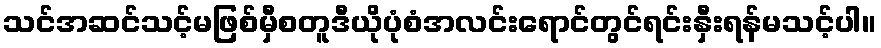
သင်အဆင်သင့်မဖြစ်မှီစတူဒီယိုပုံစံအလင်းရောင်တွင်ရင်းနှီးရန်မသင့်ပါ။